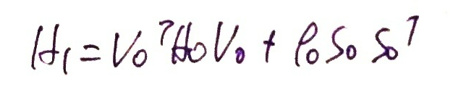
\[
H_1 = V_0^\dagger H_0 V_0 + \rho_0 S_0 S_0^\dagger
\]